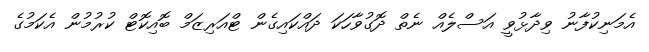
އެމަނިކުފާނު ވިދާޅުވީ އަސްލެއް ނެތް ދޮގުވާހަކަ ދައްކައިގެން ޓްއަރިޒަމް ބޮއިކޮޓް ކުރުމުން އެކަމުގެ